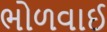
ભોળવાઈ